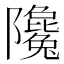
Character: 䧯